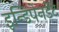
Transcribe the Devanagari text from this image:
इन्डिपेनडेंट